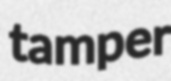
tamper